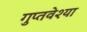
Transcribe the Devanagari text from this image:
गुप्तवेश्या